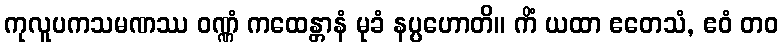
ကုလူပကသမဏဿ ဝဏ္ဏံ ကထေန္တာနံ မုခံ နပ္ပဟောတိ။ ကိံ ယထာ ဧတေသံ, ဧဝံ တဝ